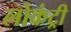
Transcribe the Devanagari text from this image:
लोकंट्री